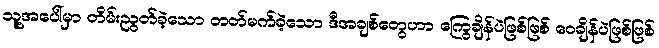
သူ့အပေါ်မှာ တိမ်းညွတ်ခဲ့သော တတ်မက်ခဲ့သော ဒီအချစ်တွေဟာ ကြွေချိန်ပဲဖြစ်ဖြစ် ဝေချိန်ပဲဖြစ်ဖြစ်